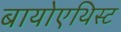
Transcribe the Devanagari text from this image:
बायोएथिस्ट